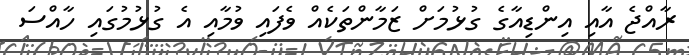
ރާއްޖެ އާއި އިންޑިއާގެ ގުޅުމަށް ޒަމާންތަކެއް ވެފައި ވުމާއި އެ ގުޅުމުގައި ހާއްސަ